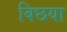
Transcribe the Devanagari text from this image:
बिछया